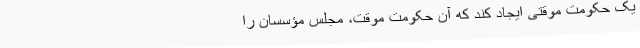
یک‌ حکومت ‌موقتی‌ ایجاد کند که‌ آن‌ حکومت‌ موقت‌، مجلس‌ مؤسسان‌ را